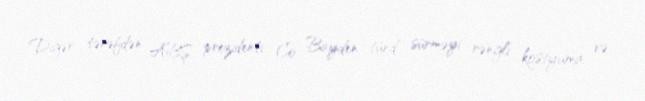
Digər tərəfdən ABŞ prezidenti Co Bayden tünd sürməyi rəngli kostyuma və